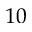
1 0